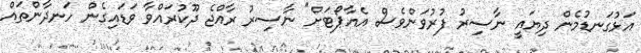
އަޅުގަނޑުމެން ދިޔައީ ނާސިރު ފުރުވަންވެސް އެއާޕޯޓަށް" ނާސިރު ރާއްޖެ ދޫކުރައްވާ ވަޑައިގެން ހަނދާންތައް